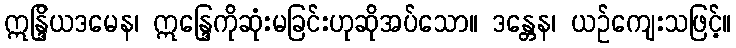
ဣန္ဒြိယဒမေန၊ ဣန္ဒြေကိုဆုံးမခြင်းဟုဆိုအပ်သော။ ဒန္တေန၊ ယဉ်ကျေးသဖြင့်။